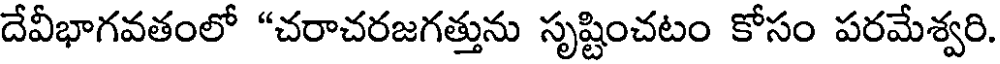
దేవీభాగవతంలో "చరాచరజగత్తును సృష్టించటం కోసం పరమేశ్వరి.